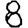
Digit: 8